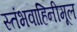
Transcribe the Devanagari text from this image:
स्तंभवाहिनीमूल